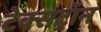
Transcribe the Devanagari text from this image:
टेक्सट्रॉन